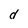
Character: d